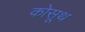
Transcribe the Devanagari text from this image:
कोसूथ